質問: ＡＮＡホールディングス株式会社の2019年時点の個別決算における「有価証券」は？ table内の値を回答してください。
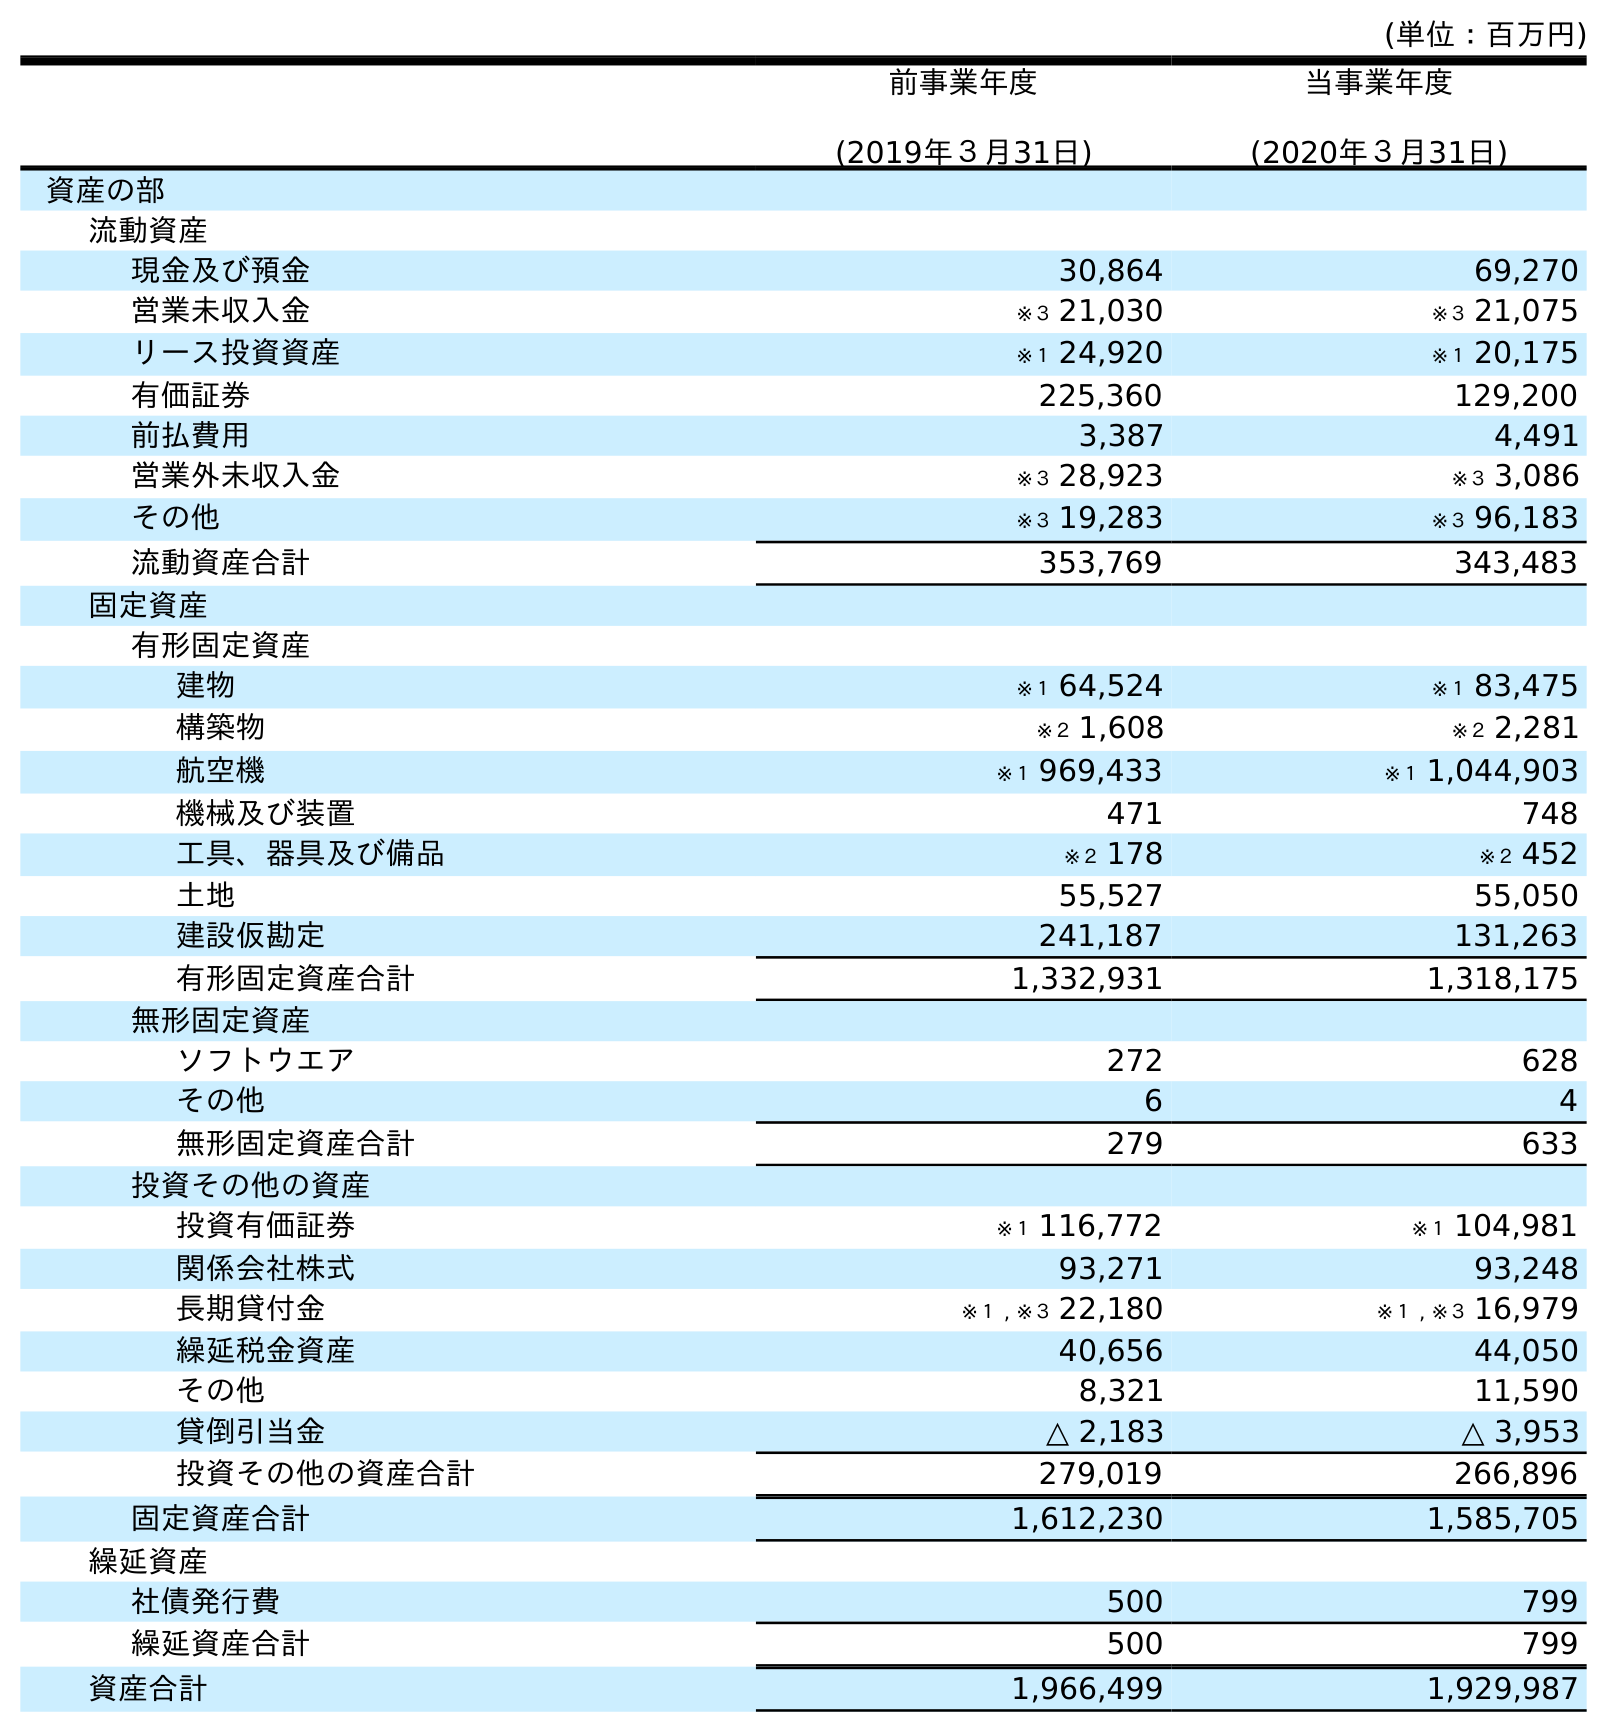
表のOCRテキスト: (単位：百万円) 前事業年度 (2019年３月31日) 当事業年度 (2020年３月31日) 資産の部 流動資産 現金及び預金 30,864 69,270 営業未収入金 ※３ 21,030 ※３ 21,075 リース投資資産 ※１ 24,920 ※１ 20,175 有価証券 225,360 129,200 前払費用 3,387 4,491 営業外未収入金 ※３ 28,923 ※３ 3,086 その他 ※３ 19,283 ※３ 96,183 流動資産合計 353,769 343,483 固定資産 有形固定資産 建物 ※１ 64,524 ※１ 83,475 構築物 ※２ 1,608 ※２ 2,281 航空機 ※１ 969,433 ※１ 1,044,903 機械及び装置 471 748 工具、器具及び備品 ※２ 178 ※２ 452 土地 55,527 55,050 建設仮勘定 241,187 131,263 有形固定資産合計 1,332,931 1,318,175 無形固定資産 ソフトウエア 272 628 その他 6 4 無形固定資産合計 279 633 投資その他の資産 投資有価証券 ※１ 116,772 ※１ 104,981 関係会社株式 93,271 93,248 長期貸付金 ※１ , ※３ 22,180 ※１ , ※３ 16,979 繰延税金資産 40,656 44,050 その他 8,321 11,590 貸倒引当金 △ 2,183 △ 3,953 投資その他の資産合計 279,019 266,896 固定資産合計 1,612,230 1,585,705 繰延資産 社債発行費 500 799 繰延資産合計 500 799 資産合計 1,966,499 1,929,987
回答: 225,360